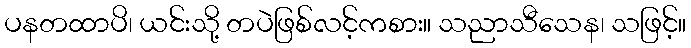
ပနတထာပိ၊ ယင်းသို့ တပဲဖြစ်လင့်ကစား။ သညာသီသေန၊ သဖြင့်။